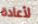
لأعادة